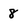
Character: 8